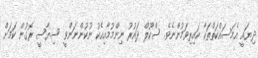
ދިޔައީ އެމަސައްކަތްތަކާ ކައިރިވަމުންނެވެ. ސްކޫލް ދައުރު ނިންމުމާއިއެކު ނުކުންނަންވީ ސިޔާސީ ރޮގުން ކަމަށް